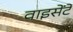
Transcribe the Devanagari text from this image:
वाइसेंटे